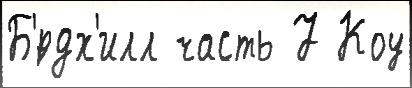
Б'́рдх'илл часть 7 Коу